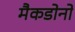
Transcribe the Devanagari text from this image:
मैकडोनो